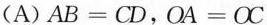
(A)$$AB=CD$$，$$OA=OC$$